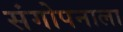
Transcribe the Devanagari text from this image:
संगोपनाला